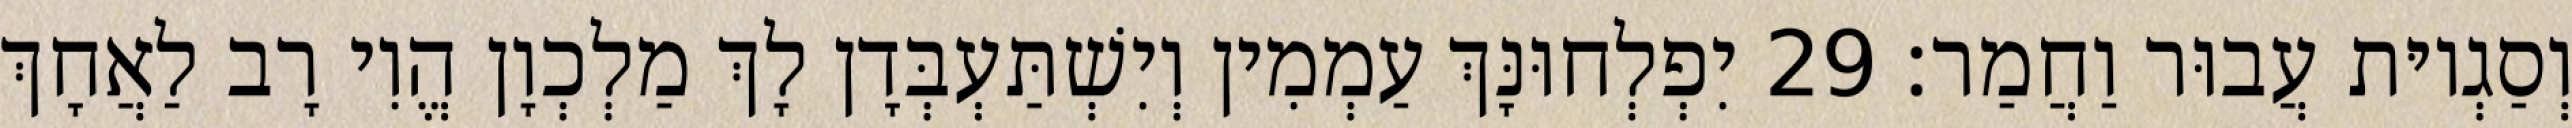
וְסַגְיוּת עֲבוּר וַחֲמַר׃ 29 יִפְלְחוּנָּךְ עַמְמִין וְיִשְׁתַּעְבְּדָן לָךְ מַלְכְוָן הֱוִי רָב לַאֲחָךְ